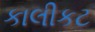
કાલીકટ